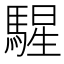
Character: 𩤵